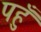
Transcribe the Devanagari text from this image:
पहुँ